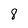
Character: 8